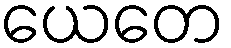
ယေတေ